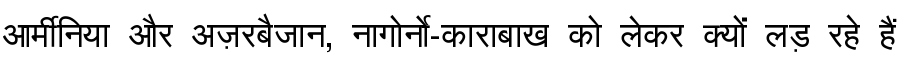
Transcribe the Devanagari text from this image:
आर्मीनिया और अज़रबैजान, नागोर्नो-काराबाख को लेकर क्यों लड़ रहे हैं